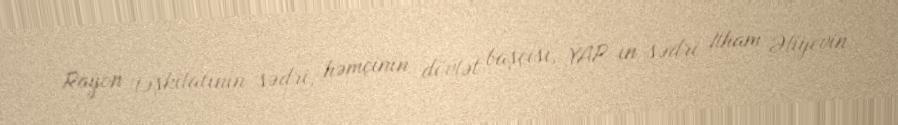
Rayon təşkilatının sədri, həmçinin dövlət başçısı, YAP-ın sədri İlham Əliyevin